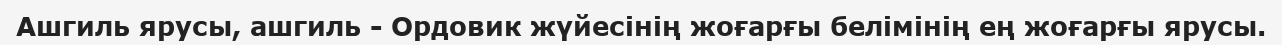
Ашгиль ярусы, ашгиль - Ордовик жүйесінің жоғарғы белімінің ең жоғарғы ярусы.